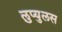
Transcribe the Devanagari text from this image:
लुप्युलस